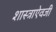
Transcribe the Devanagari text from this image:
शास्त्राऐवजी